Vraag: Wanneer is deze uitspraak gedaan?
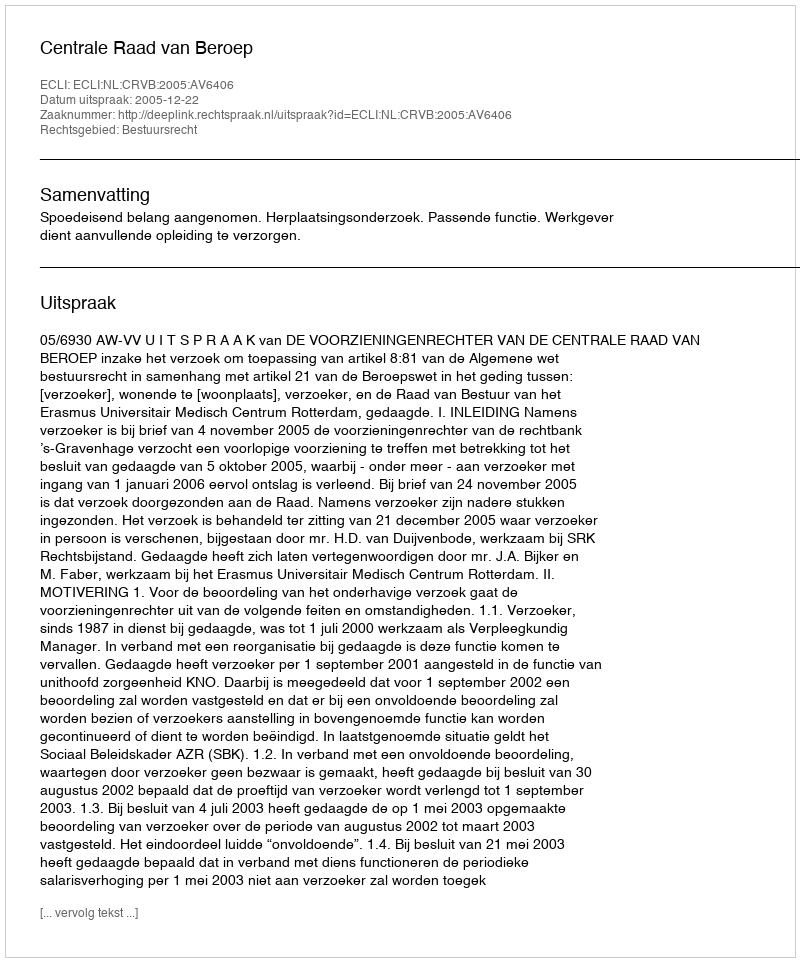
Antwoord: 2005-12-22